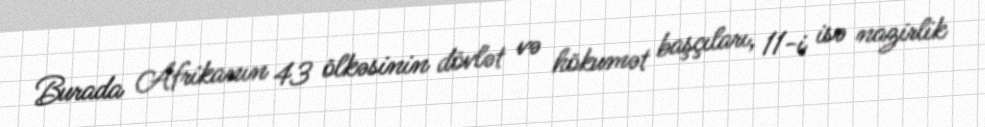
Burada Afrikanın 43 ölkəsinin dövlət və hökumət başçıları, 11-i isə nazirlik